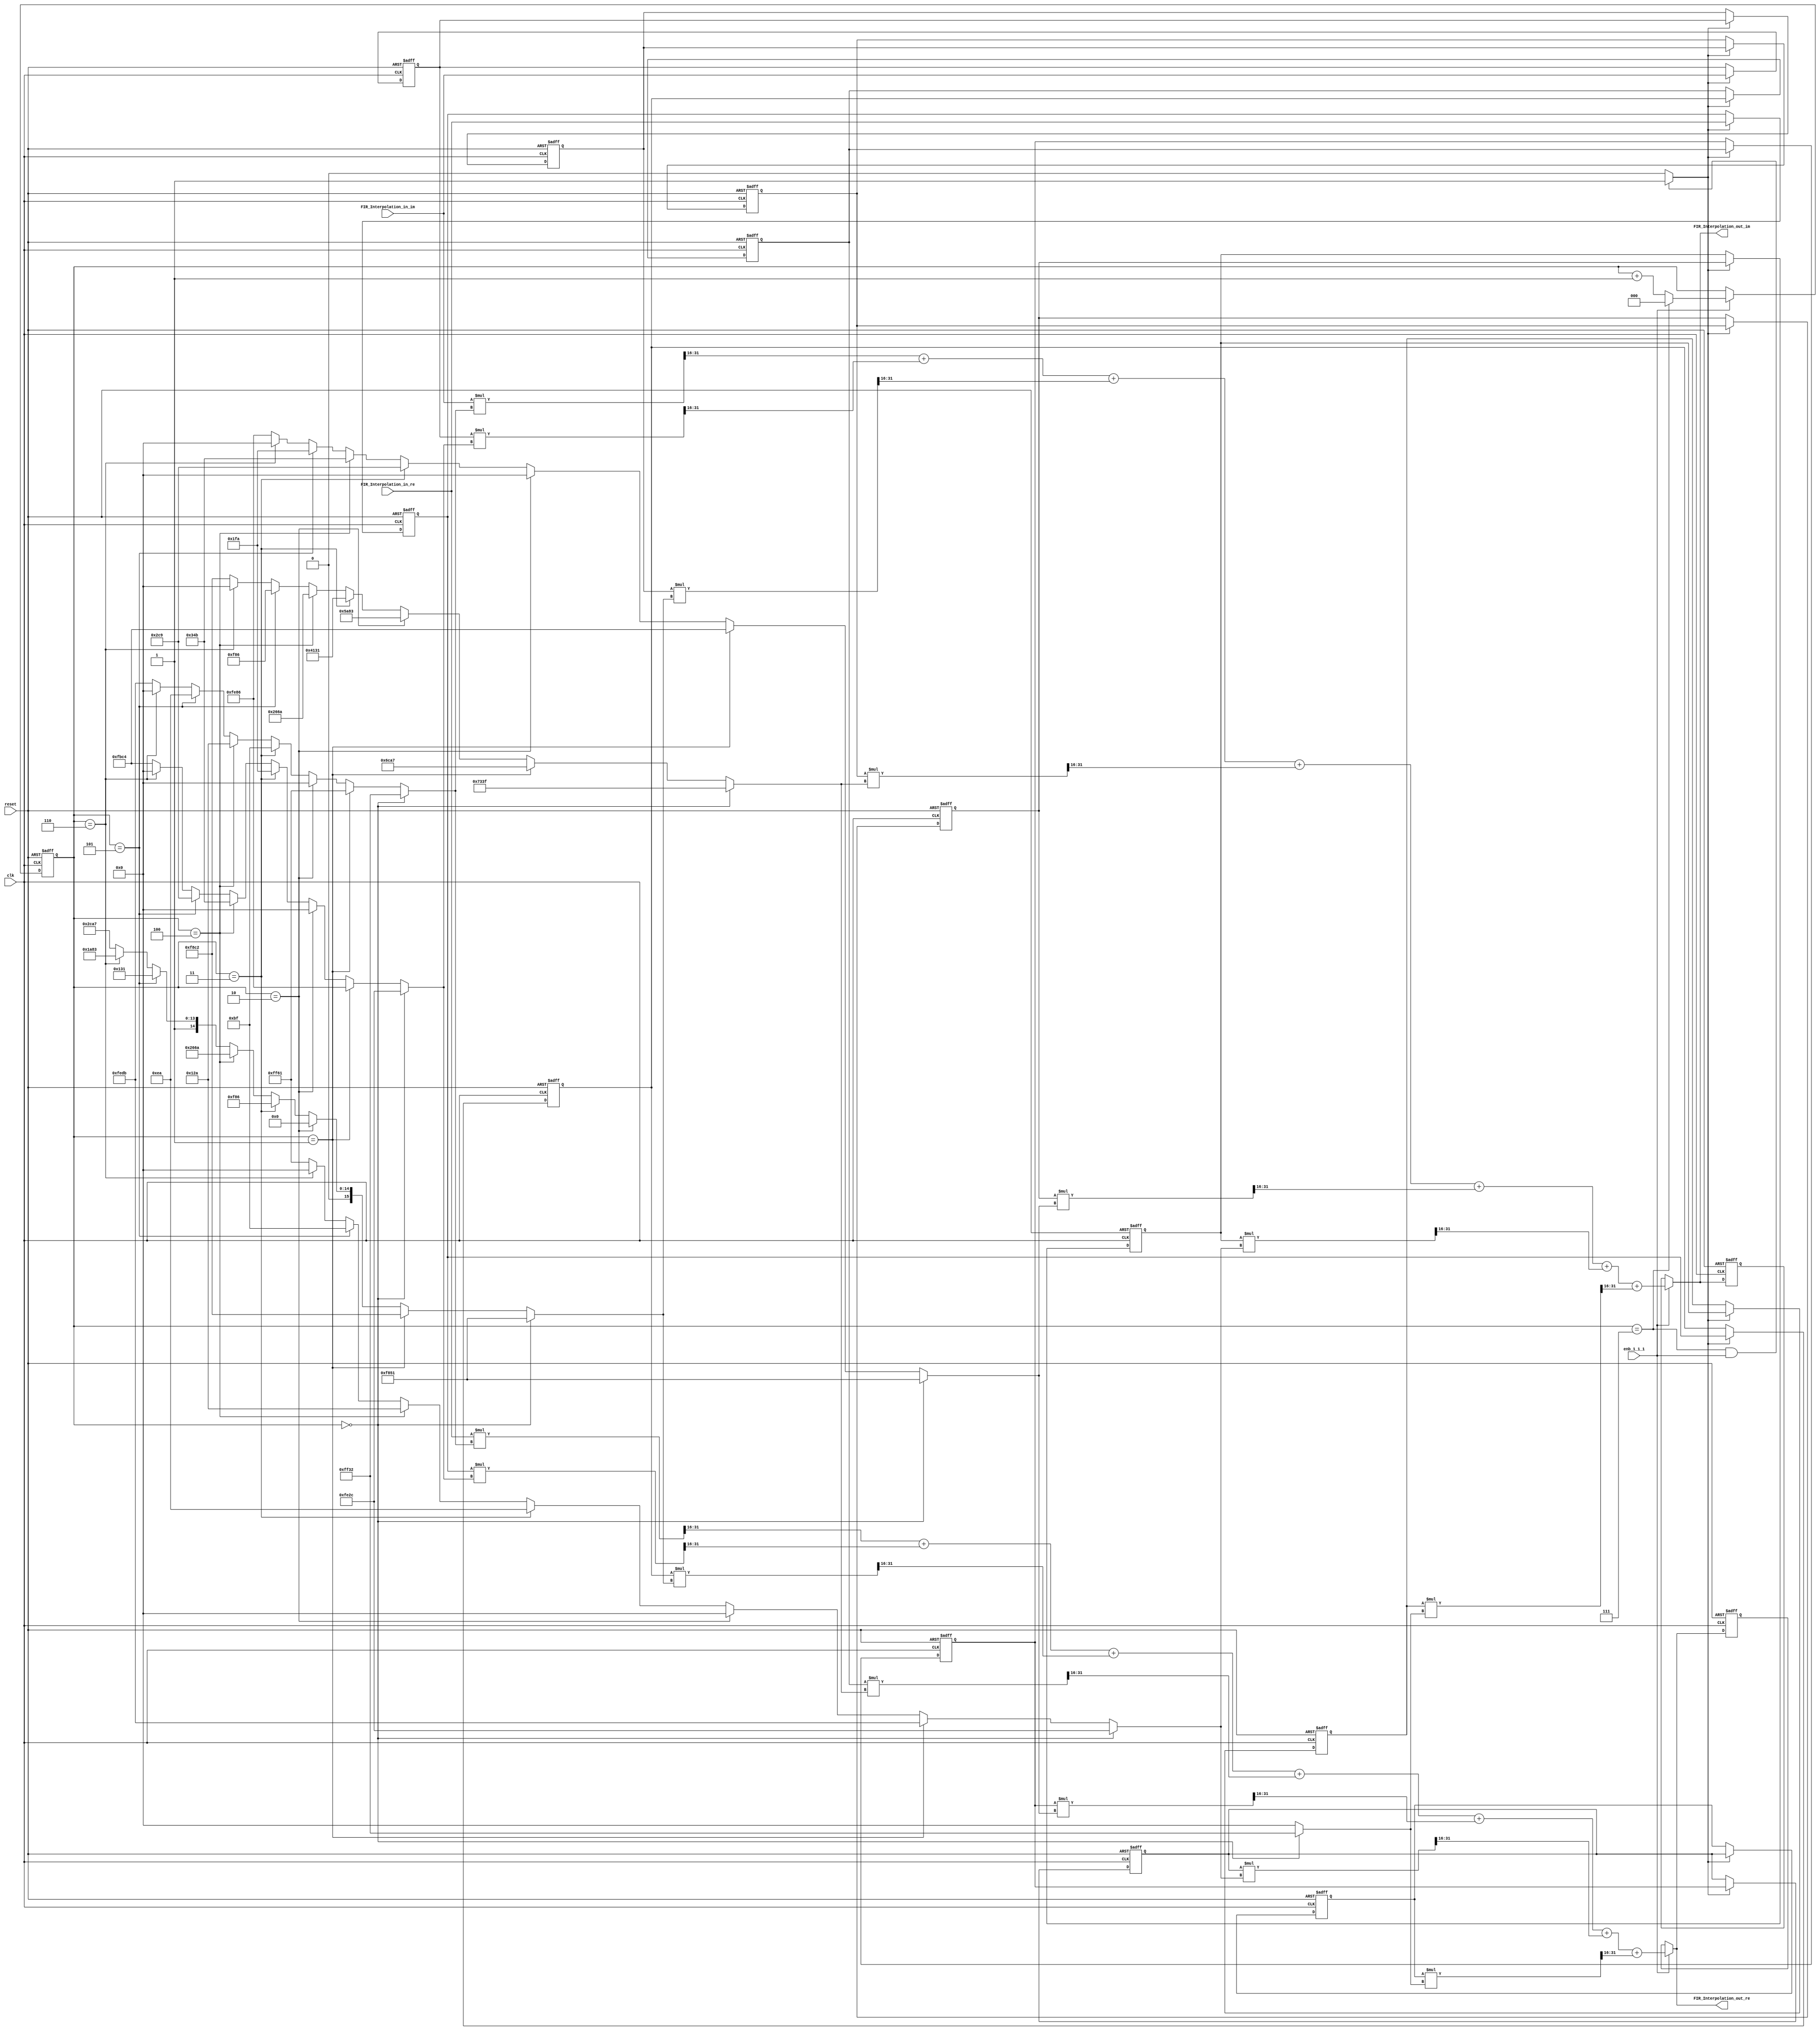
// ------------------------------------------------------------
//
// Generated by MATLAB 8.2 and HDL Coder 3.3
//
// ------------------------------------------------------------
//
//
// ------------------------------------------------------------
//
// Module: FIR_Interpolation
// Source Path: /FIR_Interpolation
//
// ------------------------------------------------------------
//
// HDL Implementation    : Fully parallel
// Multipliers           : 6
// Folding Factor        : 1



`timescale 1 ns / 1 ns

module FIR_Interpolation
               (
                clk,
                enb_1_1_1,
                reset,
                FIR_Interpolation_in_re,
                FIR_Interpolation_in_im,
                FIR_Interpolation_out_re,
                FIR_Interpolation_out_im
                );

  input   clk;
  input   enb_1_1_1;
  input   reset;
  input   signed [15:0] FIR_Interpolation_in_re; //sfix16_En15
  input   signed [15:0] FIR_Interpolation_in_im; //sfix16_En15
  output  signed [15:0] FIR_Interpolation_out_re; //sfix16_En15
  output  signed [15:0] FIR_Interpolation_out_im; //sfix16_En15

////////////////////////////////////////////////////////////////
//Module Architecture: FIR_Interpolation
////////////////////////////////////////////////////////////////
  // Local Functions
  // Type Definitions
  // Constants
  parameter signed [15:0] coeffphase1_1 = 16'b1111111100110010; //sfix16_En16
  parameter signed [15:0] coeffphase1_2 = 16'b1111111000101100; //sfix16_En16
  parameter signed [15:0] coeffphase1_3 = 16'b1111100001010001; //sfix16_En16
  parameter signed [15:0] coeffphase1_4 = 16'b0111001100111111; //sfix16_En16
  parameter signed [15:0] coeffphase1_5 = 16'b1111100001010001; //sfix16_En16
  parameter signed [15:0] coeffphase1_6 = 16'b1111111000101100; //sfix16_En16
  parameter signed [15:0] coeffphase1_7 = 16'b1111111100110010; //sfix16_En16
  parameter signed [15:0] coeffphase2_1 = 16'b1111111101100001; //sfix16_En16
  parameter signed [15:0] coeffphase2_2 = 16'b1111111010000110; //sfix16_En16
  parameter signed [15:0] coeffphase2_3 = 16'b1111100011000010; //sfix16_En16
  parameter signed [15:0] coeffphase2_4 = 16'b0110110010100111; //sfix16_En16
  parameter signed [15:0] coeffphase2_5 = 16'b1111101111000100; //sfix16_En16
  parameter signed [15:0] coeffphase2_6 = 16'b1111111011011011; //sfix16_En16
  parameter signed [15:0] coeffphase2_7 = 16'b0000000000000000; //sfix16_En16
  parameter signed [15:0] coeffphase3_1 = 16'b0000000000000000; //sfix16_En16
  parameter signed [15:0] coeffphase3_2 = 16'b0000000000000000; //sfix16_En16
  parameter signed [15:0] coeffphase3_3 = 16'b0000000000000000; //sfix16_En16
  parameter signed [15:0] coeffphase3_4 = 16'b0101101010000011; //sfix16_En16
  parameter signed [15:0] coeffphase3_5 = 16'b0000000000000000; //sfix16_En16
  parameter signed [15:0] coeffphase3_6 = 16'b0000000000000000; //sfix16_En16
  parameter signed [15:0] coeffphase3_7 = 16'b0000000000000000; //sfix16_En16
  parameter signed [15:0] coeffphase4_1 = 16'b0000000010111111; //sfix16_En16
  parameter signed [15:0] coeffphase4_2 = 16'b0000000111111010; //sfix16_En16
  parameter signed [15:0] coeffphase4_3 = 16'b0000111110000110; //sfix16_En16
  parameter signed [15:0] coeffphase4_4 = 16'b0100000100110001; //sfix16_En16
  parameter signed [15:0] coeffphase4_5 = 16'b0000001011001001; //sfix16_En16
  parameter signed [15:0] coeffphase4_6 = 16'b0000000011101010; //sfix16_En16
  parameter signed [15:0] coeffphase4_7 = 16'b0000000000000000; //sfix16_En16
  parameter signed [15:0] coeffphase5_1 = 16'b0000000100101010; //sfix16_En16
  parameter signed [15:0] coeffphase5_2 = 16'b0000001101001011; //sfix16_En16
  parameter signed [15:0] coeffphase5_3 = 16'b0010011001101010; //sfix16_En16
  parameter signed [15:0] coeffphase5_4 = 16'b0010011001101010; //sfix16_En16
  parameter signed [15:0] coeffphase5_5 = 16'b0000001101001011; //sfix16_En16
  parameter signed [15:0] coeffphase5_6 = 16'b0000000100101010; //sfix16_En16
  parameter signed [15:0] coeffphase5_7 = 16'b0000000000000000; //sfix16_En16
  parameter signed [15:0] coeffphase6_1 = 16'b0000000011101010; //sfix16_En16
  parameter signed [15:0] coeffphase6_2 = 16'b0000001011001001; //sfix16_En16
  parameter signed [15:0] coeffphase6_3 = 16'b0100000100110001; //sfix16_En16
  parameter signed [15:0] coeffphase6_4 = 16'b0000111110000110; //sfix16_En16
  parameter signed [15:0] coeffphase6_5 = 16'b0000000111111010; //sfix16_En16
  parameter signed [15:0] coeffphase6_6 = 16'b0000000010111111; //sfix16_En16
  parameter signed [15:0] coeffphase6_7 = 16'b0000000000000000; //sfix16_En16
  parameter signed [15:0] coeffphase7_1 = 16'b0000000000000000; //sfix16_En16
  parameter signed [15:0] coeffphase7_2 = 16'b0000000000000000; //sfix16_En16
  parameter signed [15:0] coeffphase7_3 = 16'b0101101010000011; //sfix16_En16
  parameter signed [15:0] coeffphase7_4 = 16'b0000000000000000; //sfix16_En16
  parameter signed [15:0] coeffphase7_5 = 16'b0000000000000000; //sfix16_En16
  parameter signed [15:0] coeffphase7_6 = 16'b0000000000000000; //sfix16_En16
  parameter signed [15:0] coeffphase7_7 = 16'b0000000000000000; //sfix16_En16
  parameter signed [15:0] coeffphase8_1 = 16'b1111111011011011; //sfix16_En16
  parameter signed [15:0] coeffphase8_2 = 16'b1111101111000100; //sfix16_En16
  parameter signed [15:0] coeffphase8_3 = 16'b0110110010100111; //sfix16_En16
  parameter signed [15:0] coeffphase8_4 = 16'b1111100011000010; //sfix16_En16
  parameter signed [15:0] coeffphase8_5 = 16'b1111111010000110; //sfix16_En16
  parameter signed [15:0] coeffphase8_6 = 16'b1111111101100001; //sfix16_En16
  parameter signed [15:0] coeffphase8_7 = 16'b0000000000000000; //sfix16_En16

  // Signals
  reg  [2:0] cur_count; // ufix3
  wire phase_7; // boolean
  reg  signed [15:0] delay_pipeline_re [0:5] ; // sfix16_En15
  reg  signed [15:0] delay_pipeline_im [0:5] ; // sfix16_En15
  wire signed [15:0] product_re; // sfix16_En15
  wire signed [15:0] product_im; // sfix16_En15
  wire signed [15:0] product_mux; // sfix16_En16
  wire signed [31:0] mul_temp; // sfix32_En31
  wire signed [31:0] mul_temp_1; // sfix32_En31
  wire signed [15:0] product_1_re; // sfix16_En15
  wire signed [15:0] product_1_im; // sfix16_En15
  wire signed [15:0] product_mux_1; // sfix16_En16
  wire signed [31:0] mul_temp_2; // sfix32_En31
  wire signed [31:0] mul_temp_3; // sfix32_En31
  wire signed [15:0] product_2_re; // sfix16_En15
  wire signed [15:0] product_2_im; // sfix16_En15
  wire signed [15:0] product_mux_2; // sfix16_En16
  wire signed [31:0] mul_temp_4; // sfix32_En31
  wire signed [31:0] mul_temp_5; // sfix32_En31
  wire signed [15:0] product_3_re; // sfix16_En15
  wire signed [15:0] product_3_im; // sfix16_En15
  wire signed [15:0] product_mux_3; // sfix16_En16
  wire signed [31:0] mul_temp_6; // sfix32_En31
  wire signed [31:0] mul_temp_7; // sfix32_En31
  wire signed [15:0] product_4_re; // sfix16_En15
  wire signed [15:0] product_4_im; // sfix16_En15
  wire signed [15:0] product_mux_4; // sfix16_En16
  wire signed [31:0] mul_temp_8; // sfix32_En31
  wire signed [31:0] mul_temp_9; // sfix32_En31
  wire signed [15:0] product_5_re; // sfix16_En15
  wire signed [15:0] product_5_im; // sfix16_En15
  wire signed [15:0] product_mux_5; // sfix16_En16
  wire signed [31:0] mul_temp_10; // sfix32_En31
  wire signed [31:0] mul_temp_11; // sfix32_En31
  wire signed [15:0] product_6_re; // sfix16_En15
  wire signed [15:0] product_6_im; // sfix16_En15
  wire signed [15:0] product_mux_6; // sfix16_En16
  wire signed [31:0] mul_temp_12; // sfix32_En31
  wire signed [31:0] mul_temp_13; // sfix32_En31
  wire signed [15:0] sum1_re; // sfix16_En15
  wire signed [15:0] sum1_im; // sfix16_En15
  wire signed [15:0] add_cast; // sfix16_En15
  wire signed [15:0] add_cast_1; // sfix16_En15
  wire signed [16:0] add_temp; // sfix17_En15
  wire signed [15:0] add_cast_2; // sfix16_En15
  wire signed [15:0] add_cast_3; // sfix16_En15
  wire signed [16:0] add_temp_1; // sfix17_En15
  wire signed [15:0] sum2_re; // sfix16_En15
  wire signed [15:0] sum2_im; // sfix16_En15
  wire signed [15:0] add_cast_4; // sfix16_En15
  wire signed [15:0] add_cast_5; // sfix16_En15
  wire signed [16:0] add_temp_2; // sfix17_En15
  wire signed [15:0] add_cast_6; // sfix16_En15
  wire signed [15:0] add_cast_7; // sfix16_En15
  wire signed [16:0] add_temp_3; // sfix17_En15
  wire signed [15:0] sum3_re; // sfix16_En15
  wire signed [15:0] sum3_im; // sfix16_En15
  wire signed [15:0] add_cast_8; // sfix16_En15
  wire signed [15:0] add_cast_9; // sfix16_En15
  wire signed [16:0] add_temp_4; // sfix17_En15
  wire signed [15:0] add_cast_10; // sfix16_En15
  wire signed [15:0] add_cast_11; // sfix16_En15
  wire signed [16:0] add_temp_5; // sfix17_En15
  wire signed [15:0] sum4_re; // sfix16_En15
  wire signed [15:0] sum4_im; // sfix16_En15
  wire signed [15:0] add_cast_12; // sfix16_En15
  wire signed [15:0] add_cast_13; // sfix16_En15
  wire signed [16:0] add_temp_6; // sfix17_En15
  wire signed [15:0] add_cast_14; // sfix16_En15
  wire signed [15:0] add_cast_15; // sfix16_En15
  wire signed [16:0] add_temp_7; // sfix17_En15
  wire signed [15:0] sum5_re; // sfix16_En15
  wire signed [15:0] sum5_im; // sfix16_En15
  wire signed [15:0] add_cast_16; // sfix16_En15
  wire signed [15:0] add_cast_17; // sfix16_En15
  wire signed [16:0] add_temp_8; // sfix17_En15
  wire signed [15:0] add_cast_18; // sfix16_En15
  wire signed [15:0] add_cast_19; // sfix16_En15
  wire signed [16:0] add_temp_9; // sfix17_En15
  wire signed [15:0] sum6_re; // sfix16_En15
  wire signed [15:0] sum6_im; // sfix16_En15
  wire signed [15:0] add_cast_20; // sfix16_En15
  wire signed [15:0] add_cast_21; // sfix16_En15
  wire signed [16:0] add_temp_10; // sfix17_En15
  wire signed [15:0] add_cast_22; // sfix16_En15
  wire signed [15:0] add_cast_23; // sfix16_En15
  wire signed [16:0] add_temp_11; // sfix17_En15
  reg  signed [15:0] regout_re; // sfix16_En15
  reg  signed [15:0] regout_im; // sfix16_En15
  wire signed [15:0] muxout_re; // sfix16_En15
  wire signed [15:0] muxout_im; // sfix16_En15

  // Block Statements
  always @ (posedge clk or posedge reset)
    begin: ce_output
      if (reset == 1'b1) begin
        cur_count <= 3'b000;
      end
      else begin
        if (enb_1_1_1 == 1'b1) begin
          if (cur_count == 3'b111) begin
            cur_count <= 3'b000;
          end
          else begin
            cur_count <= cur_count + 1;
          end
        end
      end
    end // ce_output

  assign  phase_7 = (cur_count == 3'b111 && enb_1_1_1 == 1'b1)? 1 : 0;

  //   ---------------- Delay Registers ----------------

  always @( posedge clk or posedge reset)
    begin: Delay_Pipeline_process
      if (reset == 1'b1) begin
        delay_pipeline_re[0] <= 0;
        delay_pipeline_re[1] <= 0;
        delay_pipeline_re[2] <= 0;
        delay_pipeline_re[3] <= 0;
        delay_pipeline_re[4] <= 0;
        delay_pipeline_re[5] <= 0;
              delay_pipeline_im[0] <= 0;
        delay_pipeline_im[1] <= 0;
        delay_pipeline_im[2] <= 0;
        delay_pipeline_im[3] <= 0;
        delay_pipeline_im[4] <= 0;
        delay_pipeline_im[5] <= 0;
      end
      else begin
        if (phase_7 == 1'b1) begin
          delay_pipeline_re[0] <= FIR_Interpolation_in_re;
          delay_pipeline_re[1] <= delay_pipeline_re[0];
          delay_pipeline_re[2] <= delay_pipeline_re[1];
          delay_pipeline_re[3] <= delay_pipeline_re[2];
          delay_pipeline_re[4] <= delay_pipeline_re[3];
          delay_pipeline_re[5] <= delay_pipeline_re[4];
                  delay_pipeline_im[0] <= FIR_Interpolation_in_im;
          delay_pipeline_im[1] <= delay_pipeline_im[0];
          delay_pipeline_im[2] <= delay_pipeline_im[1];
          delay_pipeline_im[3] <= delay_pipeline_im[2];
          delay_pipeline_im[4] <= delay_pipeline_im[3];
          delay_pipeline_im[5] <= delay_pipeline_im[4];
        end
      end
    end // Delay_Pipeline_process


  assign product_mux = (cur_count == 3'b000) ? coeffphase1_7 :
                      (cur_count == 3'b001) ? coeffphase2_7 :
                      (cur_count == 3'b010) ? coeffphase3_7 :
                      (cur_count == 3'b011) ? coeffphase4_7 :
                      (cur_count == 3'b100) ? coeffphase5_7 :
                      (cur_count == 3'b101) ? coeffphase6_7 :
                      (cur_count == 3'b110) ? coeffphase7_7 :
                      coeffphase8_7;
  assign mul_temp = delay_pipeline_re[5] * product_mux;
  assign product_re = mul_temp[31:16];

  assign mul_temp_1 = delay_pipeline_im[5] * product_mux;
  assign product_im = mul_temp_1[31:16];

  assign product_mux_1 = (cur_count == 3'b000) ? coeffphase1_6 :
                        (cur_count == 3'b001) ? coeffphase2_6 :
                        (cur_count == 3'b010) ? coeffphase3_6 :
                        (cur_count == 3'b011) ? coeffphase4_6 :
                        (cur_count == 3'b100) ? coeffphase5_6 :
                        (cur_count == 3'b101) ? coeffphase6_6 :
                        (cur_count == 3'b110) ? coeffphase7_6 :
                        coeffphase8_6;
  assign mul_temp_2 = delay_pipeline_re[4] * product_mux_1;
  assign product_1_re = mul_temp_2[31:16];

  assign mul_temp_3 = delay_pipeline_im[4] * product_mux_1;
  assign product_1_im = mul_temp_3[31:16];

  assign product_mux_2 = (cur_count == 3'b000) ? coeffphase1_5 :
                        (cur_count == 3'b001) ? coeffphase2_5 :
                        (cur_count == 3'b010) ? coeffphase3_5 :
                        (cur_count == 3'b011) ? coeffphase4_5 :
                        (cur_count == 3'b100) ? coeffphase5_5 :
                        (cur_count == 3'b101) ? coeffphase6_5 :
                        (cur_count == 3'b110) ? coeffphase7_5 :
                        coeffphase8_5;
  assign mul_temp_4 = delay_pipeline_re[3] * product_mux_2;
  assign product_2_re = mul_temp_4[31:16];

  assign mul_temp_5 = delay_pipeline_im[3] * product_mux_2;
  assign product_2_im = mul_temp_5[31:16];

  assign product_mux_3 = (cur_count == 3'b000) ? coeffphase1_4 :
                        (cur_count == 3'b001) ? coeffphase2_4 :
                        (cur_count == 3'b010) ? coeffphase3_4 :
                        (cur_count == 3'b011) ? coeffphase4_4 :
                        (cur_count == 3'b100) ? coeffphase5_4 :
                        (cur_count == 3'b101) ? coeffphase6_4 :
                        (cur_count == 3'b110) ? coeffphase7_4 :
                        coeffphase8_4;
  assign mul_temp_6 = delay_pipeline_re[2] * product_mux_3;
  assign product_3_re = mul_temp_6[31:16];

  assign mul_temp_7 = delay_pipeline_im[2] * product_mux_3;
  assign product_3_im = mul_temp_7[31:16];

  assign product_mux_4 = (cur_count == 3'b000) ? coeffphase1_3 :
                        (cur_count == 3'b001) ? coeffphase2_3 :
                        (cur_count == 3'b010) ? coeffphase3_3 :
                        (cur_count == 3'b011) ? coeffphase4_3 :
                        (cur_count == 3'b100) ? coeffphase5_3 :
                        (cur_count == 3'b101) ? coeffphase6_3 :
                        (cur_count == 3'b110) ? coeffphase7_3 :
                        coeffphase8_3;
  assign mul_temp_8 = delay_pipeline_re[1] * product_mux_4;
  assign product_4_re = mul_temp_8[31:16];

  assign mul_temp_9 = delay_pipeline_im[1] * product_mux_4;
  assign product_4_im = mul_temp_9[31:16];

  assign product_mux_5 = (cur_count == 3'b000) ? coeffphase1_2 :
                        (cur_count == 3'b001) ? coeffphase2_2 :
                        (cur_count == 3'b010) ? coeffphase3_2 :
                        (cur_count == 3'b011) ? coeffphase4_2 :
                        (cur_count == 3'b100) ? coeffphase5_2 :
                        (cur_count == 3'b101) ? coeffphase6_2 :
                        (cur_count == 3'b110) ? coeffphase7_2 :
                        coeffphase8_2;
  assign mul_temp_10 = delay_pipeline_re[0] * product_mux_5;
  assign product_5_re = mul_temp_10[31:16];

  assign mul_temp_11 = delay_pipeline_im[0] * product_mux_5;
  assign product_5_im = mul_temp_11[31:16];

  assign product_mux_6 = (cur_count == 3'b000) ? coeffphase1_1 :
                        (cur_count == 3'b001) ? coeffphase2_1 :
                        (cur_count == 3'b010) ? coeffphase3_1 :
                        (cur_count == 3'b011) ? coeffphase4_1 :
                        (cur_count == 3'b100) ? coeffphase5_1 :
                        (cur_count == 3'b101) ? coeffphase6_1 :
                        (cur_count == 3'b110) ? coeffphase7_1 :
                        coeffphase8_1;
  assign mul_temp_12 = FIR_Interpolation_in_re * product_mux_6;
  assign product_6_re = mul_temp_12[31:16];

  assign mul_temp_13 = FIR_Interpolation_in_im * product_mux_6;
  assign product_6_im = mul_temp_13[31:16];

  assign add_cast = product_6_re;
  assign add_cast_1 = product_5_re;
  assign add_temp = add_cast + add_cast_1;
  assign sum1_re = add_temp[15:0];

  assign add_cast_2 = product_6_im;
  assign add_cast_3 = product_5_im;
  assign add_temp_1 = add_cast_2 + add_cast_3;
  assign sum1_im = add_temp_1[15:0];

  assign add_cast_4 = sum1_re;
  assign add_cast_5 = product_4_re;
  assign add_temp_2 = add_cast_4 + add_cast_5;
  assign sum2_re = add_temp_2[15:0];

  assign add_cast_6 = sum1_im;
  assign add_cast_7 = product_4_im;
  assign add_temp_3 = add_cast_6 + add_cast_7;
  assign sum2_im = add_temp_3[15:0];

  assign add_cast_8 = sum2_re;
  assign add_cast_9 = product_3_re;
  assign add_temp_4 = add_cast_8 + add_cast_9;
  assign sum3_re = add_temp_4[15:0];

  assign add_cast_10 = sum2_im;
  assign add_cast_11 = product_3_im;
  assign add_temp_5 = add_cast_10 + add_cast_11;
  assign sum3_im = add_temp_5[15:0];

  assign add_cast_12 = sum3_re;
  assign add_cast_13 = product_2_re;
  assign add_temp_6 = add_cast_12 + add_cast_13;
  assign sum4_re = add_temp_6[15:0];

  assign add_cast_14 = sum3_im;
  assign add_cast_15 = product_2_im;
  assign add_temp_7 = add_cast_14 + add_cast_15;
  assign sum4_im = add_temp_7[15:0];

  assign add_cast_16 = sum4_re;
  assign add_cast_17 = product_1_re;
  assign add_temp_8 = add_cast_16 + add_cast_17;
  assign sum5_re = add_temp_8[15:0];

  assign add_cast_18 = sum4_im;
  assign add_cast_19 = product_1_im;
  assign add_temp_9 = add_cast_18 + add_cast_19;
  assign sum5_im = add_temp_9[15:0];

  assign add_cast_20 = sum5_re;
  assign add_cast_21 = product_re;
  assign add_temp_10 = add_cast_20 + add_cast_21;
  assign sum6_re = add_temp_10[15:0];

  assign add_cast_22 = sum5_im;
  assign add_cast_23 = product_im;
  assign add_temp_11 = add_cast_22 + add_cast_23;
  assign sum6_im = add_temp_11[15:0];

  always @ (posedge clk or posedge reset)
    begin: DataHoldRegister_process
      if (reset == 1'b1) begin
        regout_re <= 0;
        regout_im <= 0;
      end
      else begin
        if (enb_1_1_1 == 1'b1) begin
          regout_re <= sum6_re;
  regout_im <= sum6_im;
        end
      end
    end // DataHoldRegister_process

  assign muxout_re = (enb_1_1_1 == 1'b1) ? sum6_re :
               regout_re;
  assign muxout_im = (enb_1_1_1 == 1'b1) ? sum6_im :
               regout_im;
  // Assignment Statements
  assign FIR_Interpolation_out_re = muxout_re;
  assign FIR_Interpolation_out_im = muxout_im;
endmodule  // FIR_Interpolation